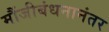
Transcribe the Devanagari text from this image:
मौंजीबंधनानंतर